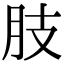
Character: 肢